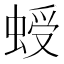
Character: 𧌅